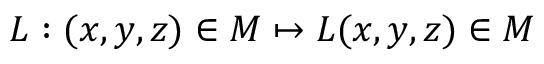
L : ( x , y , z ) \in { M } \mapsto L ( x , y , z ) \in { M }